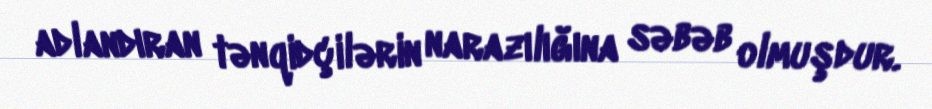
adlandıran tənqidçilərin narazılığına səbəb olmuşdur.